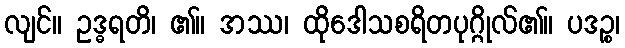
လျင်။ ဥဒ္ဓရတိ၊ ၏။ အဿ၊ ထိုဒေါသစရိတပုဂ္ဂိုလ်၏။ ပဒဉ္စ၊